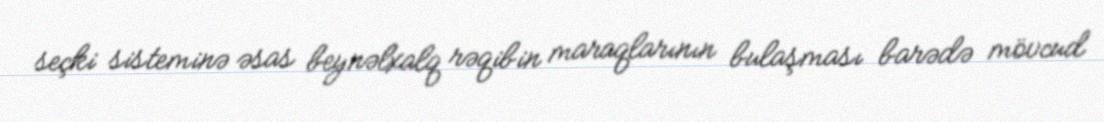
seçki sisteminə əsas beynəlxalq rəqibin maraqlarının bulaşması barədə mövcud